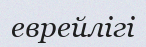
еврейлігі